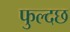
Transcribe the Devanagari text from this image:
फुल्दछ